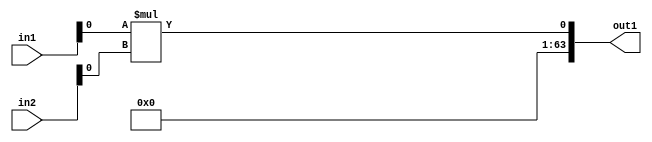
`timescale 1ps / 1ps
/*****************************************************************************
    Verilog RTL Description
    
    
    Created by: Stratus DpOpt 2019.1.01 
*******************************************************************************/

module GaussFilter_Mul_64Sx32S_64S_4 (
	in2,
	in1,
	out1
	); /* architecture "behavioural" */ 
input [63:0] in2;
input [31:0] in1;
output [63:0] out1;
wire  asc001;

assign asc001 = 
	+(in1[0] * in2[0]);

assign out1 = {{63{1'B0}}, asc001};
endmodule

/* CADENCE  ubPxQww= : u9/ySgnWtBlWxVPRXgAZ4Og= ** DO NOT EDIT THIS LINE ******/